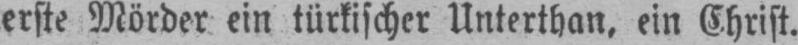
erste Mörder ein türkischer Unterthan, ein Christ.